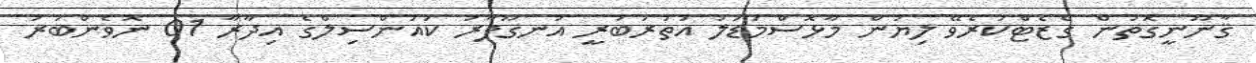
ޤާނޫނީގޮތުން ގެޒެޓްކުރެވޭ ލިޔުން މާޅޮސްމަޑުލު އުތުރުބުރީ އުނގޫފާރު ކައުންސިލްގެ އިދާރާ 01 ނޮވެންބަރު